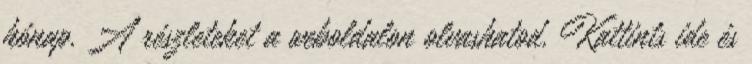
hónap. A részleteket a weboldalon olvashatod. Kattints ide és